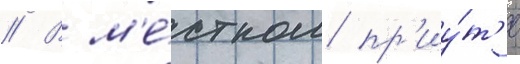
// В м'е́стном пр'иу́т'е